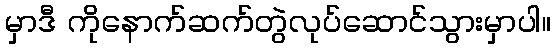
မှာဒီ ကိုနောက်ဆက်တွဲလုပ်ဆောင်သွားမှာပါ။